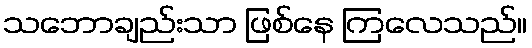
သဘောချည်းသာ ဖြစ်နေ ကြလေသည်။